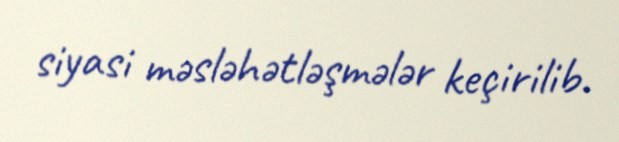
siyasi məsləhətləşmələr keçirilib.